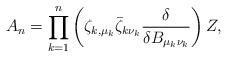
LaTeX: \begin{align*}A_n=\prod_{k=1}^n\left(\zeta_{k,\mu_k}\bar{\zeta}_{k\nu_k}{\delta\over \delta B_{\mu_k\nu_k}}\right)Z,\end{align*}